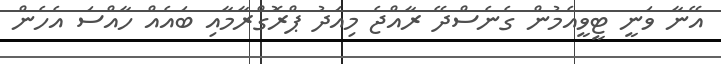
އޭނާ ވަނީ ޓީވީއެމުން ގެނެސްދޭ ރާއްޖެ މިއަދު ޕްރޮގްްރާމާއި ބައެއް ހާއްސަ އެހެން